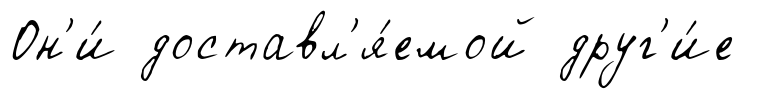
Он'и́ доставл'я́емой друг'и́е